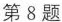
第8题